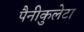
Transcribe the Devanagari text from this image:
पैनीकुलेटा